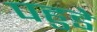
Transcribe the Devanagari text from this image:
पहुडे